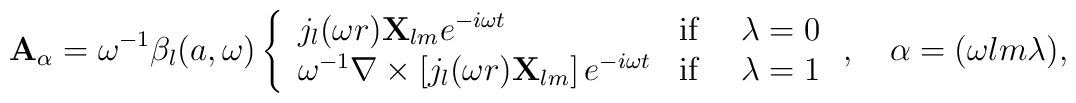
{\mathbf{A}}_\alpha =\omega ^{-1}\beta _l(a,\omega )\left\{ \begin{array}{ll}j_l(\omega r){\mathbf{X}}_{lm}e^{-i\omega t} & \textrm{if $\quad \lambda =0$}\\\omega ^{-1}\nabla \times \left[ j_l(\omega r){\mathbf{X}}_{lm}\right] e^{-i\omega t}& {\textrm{if $\quad \lambda =1$}} \end{array} \right.,\quad \alpha =({\omega lm\lambda }),